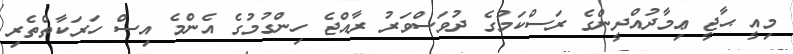
މިއީ ޙާޖީ ޢިމާދުއްދީންގެ ރަސްކަމުގެ ދުވަސްވަރު ރާއްޖެ ހިންގުމުގެ އެންމެ އިސް ހަރަކާތްތެރި